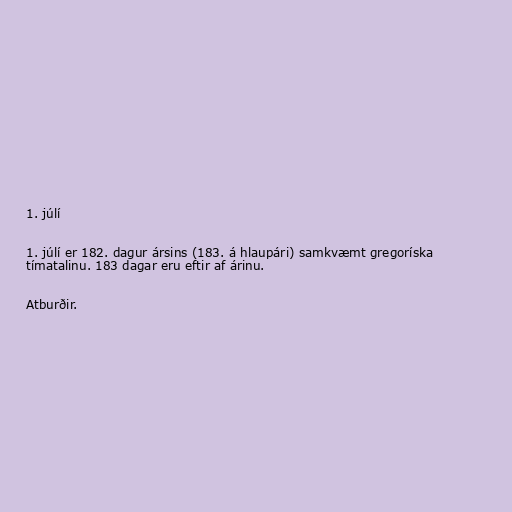
1. júlí

1. júlí er 182. dagur ársins (183. á hlaupári) samkvæmt gregoríska
tímatalinu. 183 dagar eru eftir af árinu.

Atburðir.